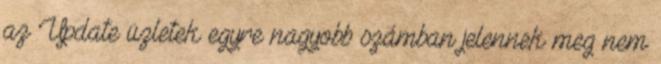
az Update üzletek egyre nagyobb számban jelennek meg nem